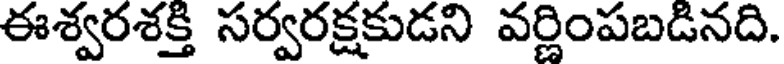
ఈశ్వరశక్తి సర్వరక్షకుడని వర్ణింపబడినది.